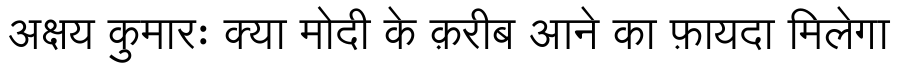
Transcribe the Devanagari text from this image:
अक्षय कुमारः क्या मोदी के क़रीब आने का फ़ायदा मिलेगा